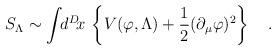
LaTeX: \begin{align*}S_\Lambda\sim\int\!\!d^D\!x\,\left\{V(\varphi,\Lambda)+{1\over2}(\partial_\mu\varphi)^2\right\}\quad.\end{align*}